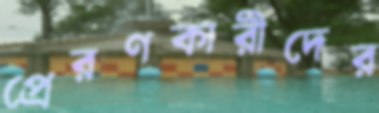
প্রেরণকারীদের